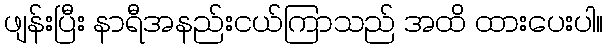
ဖျန်းပြီး နာရီအနည်းငယ်ကြာသည် အထိ ထားပေးပါ။